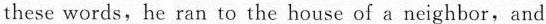
these words,he ran to the house of aneighbor,and